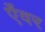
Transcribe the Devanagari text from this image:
ऐंवर